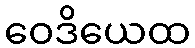
ဝေဒိယေထ